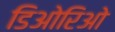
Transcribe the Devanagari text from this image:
डिओरिओ